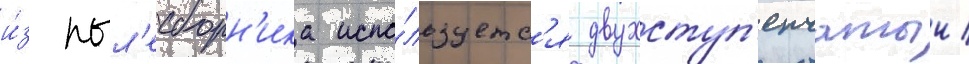
и́з пыл'есборн'ика испо́льзуетс'я двухступ'енчатыи